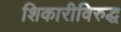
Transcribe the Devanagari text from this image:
शिकारीविरुद्ध